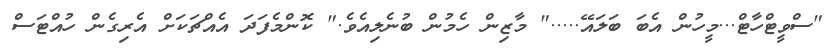
"ސްވީޓްހާޓް...މީހުން އެބަ ބަލައޭ....." މާޒިން ހެމުން ބުނެލިއެވެ." ކޮންމެފަދަ އެއްޗަކަށް އެރިގެން ހުއްޓަސް